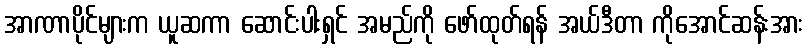
အာဏာပိုင်များက ယူဆကာ ဆောင်းပါးရှင် အမည်ကို ဖော်ထုတ်ရန် အယ်ဒီတာ ကိုအောင်ဆန်းအား